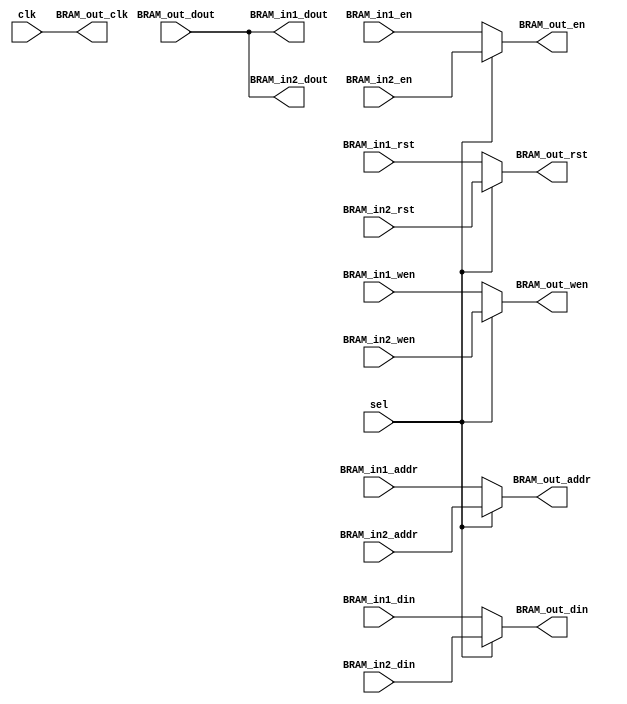
`timescale 1ns / 1ps
//////////////////////////////////////////////////////////////////////////////////
// Company: 
// Engineer: 
// 
// Design Name: 
// Module Name: BRAM_selector
// Project Name: 
// Target Devices: 
// Tool Versions: 
// Description: 
// 
// Dependencies: 
// 
// Revision:
// Revision 0.01 - File Created
// Additional Comments:
// 
//////////////////////////////////////////////////////////////////////////////////


module BRAM_selector(
clk,
sel,

BRAM_in1_addr,
BRAM_in1_din,
BRAM_in1_dout,
BRAM_in1_en,
BRAM_in1_rst,
BRAM_in1_wen,

BRAM_in2_addr,
BRAM_in2_din,
BRAM_in2_dout,
BRAM_in2_en,
BRAM_in2_rst,
BRAM_in2_wen,

BRAM_out_addr,
BRAM_out_clk,
BRAM_out_din,
BRAM_out_dout,
BRAM_out_en,
BRAM_out_rst,
BRAM_out_wen,
    );
    parameter BRAM_ADDR_BIT = 32;
    parameter BRAM_WIDTH = 32;
    input                           clk,sel;
    
    input  [BRAM_ADDR_BIT-1:0]      BRAM_in1_addr;
    input  [BRAM_WIDTH-1:0]         BRAM_in1_din;
    output [BRAM_WIDTH-1:0]         BRAM_in1_dout;
    input                           BRAM_in1_en;
    input                           BRAM_in1_rst;
    input  [3:0]                    BRAM_in1_wen;
    
    input  [BRAM_ADDR_BIT-1:0]      BRAM_in2_addr;
    input  [BRAM_WIDTH-1:0]         BRAM_in2_din;
    output [BRAM_WIDTH-1:0]         BRAM_in2_dout;
    input                           BRAM_in2_en;
    input                           BRAM_in2_rst;
    input  [3:0]                    BRAM_in2_wen;
    
    output [BRAM_ADDR_BIT-1:0]      BRAM_out_addr;
    output                          BRAM_out_clk;
    output [BRAM_WIDTH-1:0]         BRAM_out_din;
    input  [BRAM_WIDTH-1:0]         BRAM_out_dout;
    output                          BRAM_out_en;
    output                          BRAM_out_rst;
    output [3:0]                    BRAM_out_wen;
    
    assign BRAM_out_addr =(sel==0)? BRAM_in1_addr:BRAM_in2_addr;
    assign BRAM_out_clk = clk;
    assign BRAM_out_din = (sel==0)? BRAM_in1_din :BRAM_in2_din;
    assign BRAM_in1_dout = BRAM_out_dout;
    assign BRAM_in2_dout = BRAM_out_dout;
    assign BRAM_out_en =  (sel==0)? BRAM_in1_en  :BRAM_in2_en;
    assign BRAM_out_rst = (sel==0)? BRAM_in1_rst :BRAM_in2_rst;
    assign BRAM_out_wen = (sel==0)? BRAM_in1_wen :BRAM_in2_wen;
endmodule